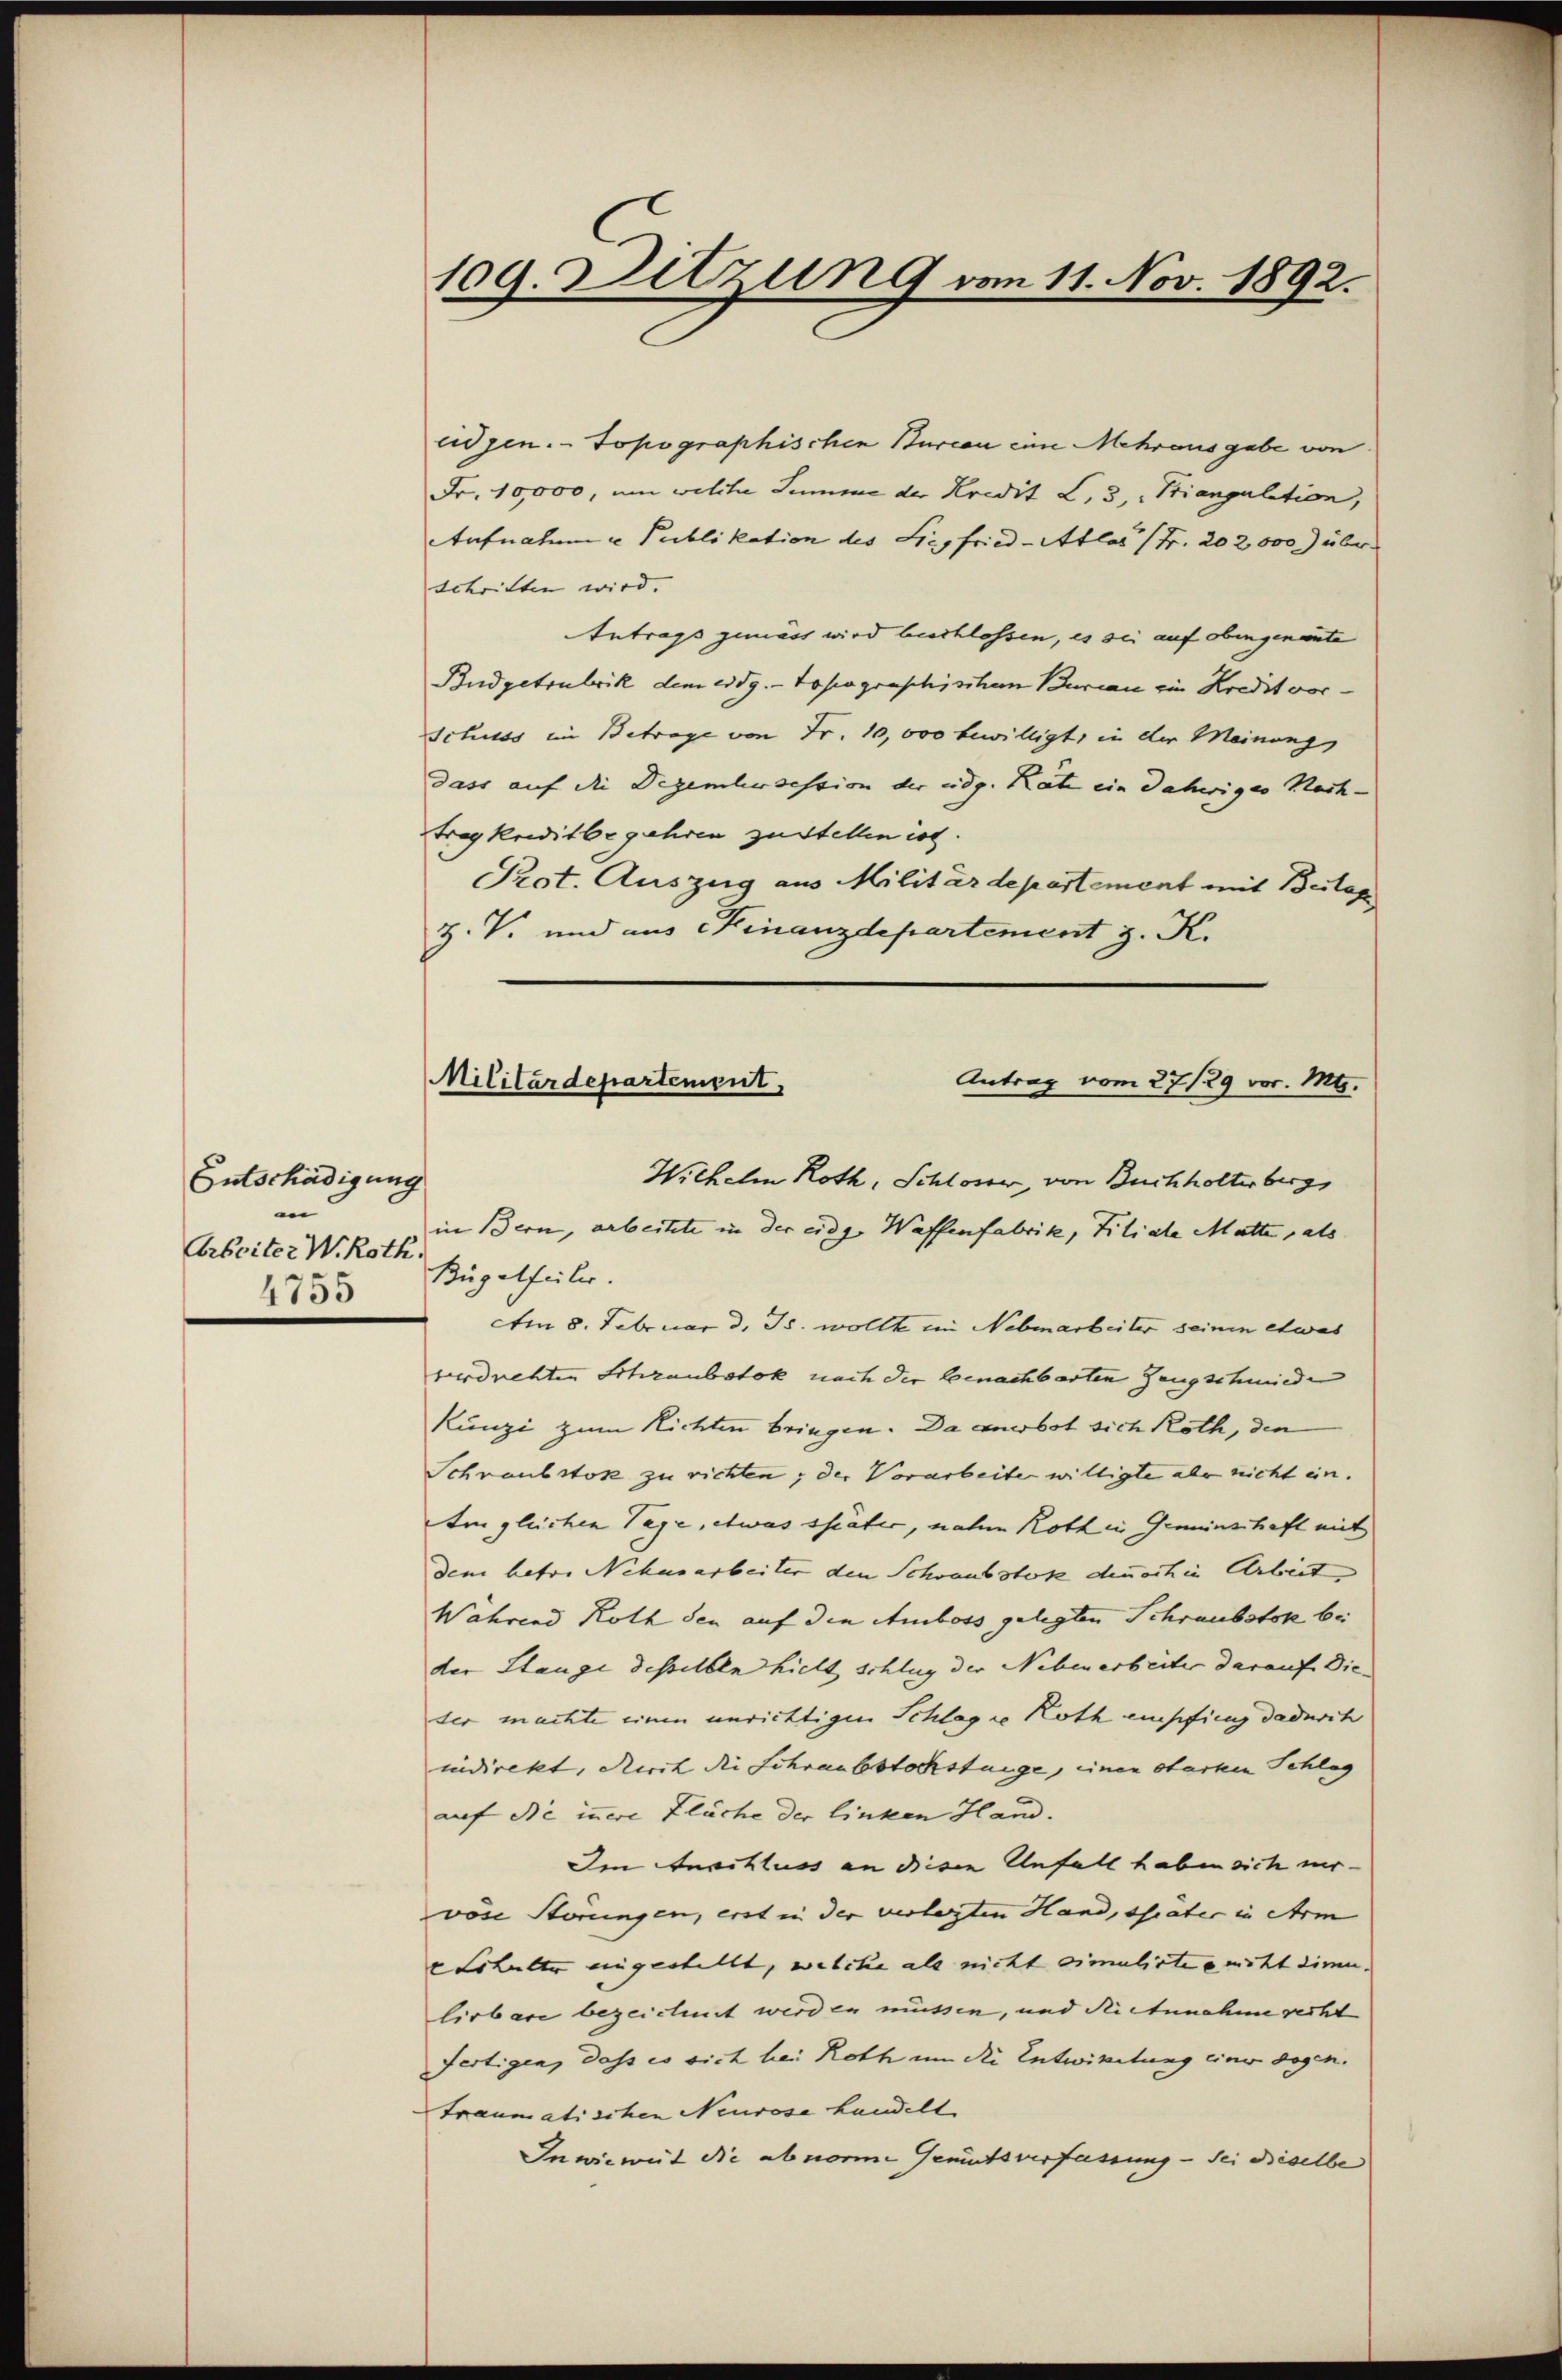
Entschädigung
n
Arbeiter W. Roth.
1755

109. Ditzung vom 11. Nov. 1892.

eidgen.- Jopographischen Bureau eine Mehrausgabe von
Fr. 10,000, um welche Summe der Kredit L. 3, Biangulation,
Aufnatum u Publikation des Siegfried-Atlas (Fr. 202,000 über
schriften wird.
Antrags gemäss wird beschlossen, es sei auf obingenante
Budgetrubrik dem eidg. - Topographischen Bureau ein Kredit vor¬
Schuss im Betrage von Fr. 10,000 bewilligt, in der Meinungs
dass auf die Dezembersession der udg. Rate ein Daheriges Nach-
trag kreditbegehren zustellen ist.
Prot. Auszug aus Militärdepartement mit Beilag
Z. V. und aus Finanzdepartement z. K.

Militärdepartement
Antrag vom 27./29. vor. Mts.

Wilhelm Roth, Schloser, von Buchholterberg,
in Bern, arbeitete in der eidg. Waffenfabrik, Filiale Matte, als
Bügelfeiler.
Am 8. Februar d. Js. wollte im Nebenarbeiter seinen etwas
verdrehten Schraubstok nach der benachbarten Zeugschmiede
Künzi zum Richten bringen. Da anerbot sich Roth, den
Schraubstos zu richten; der Vorarbeiter willigte als nicht ein.
Im gleichen Tage, etwas schiater, nahen Roth in Gemeinschaft mit
dem betr. Nehusarbeiter den Schrausstik dennoch in Arbeit
Wahrend Roth den auf den Amboss gelegten Schraubstok bei
der Stange desselben hielt schlug der Nebenarbeiter darauf die
der machte einen unrichtigen Schlag in Roth empfing dadurch
ndirekt, durch die Schraubtstochstunge, einen starken Schlag
auf die innere Fläche der linken Hand.
Ien Anschluss an diesen Unfall haben sich ver-
vöse Störungen, erst in der verlegten Hand, theater in Arm
etshalter eingestellt, welche als nicht simulirte nicht einen.
lirbare bezeichnet werden müssen, und die Annahme recht
fertigen, dass es sich bei Roth um die Entwickelung einer gegen.
Traumatischen Neurese handelt
Inwieweit die abnorme Gemütsverfassung - sei dieselbe